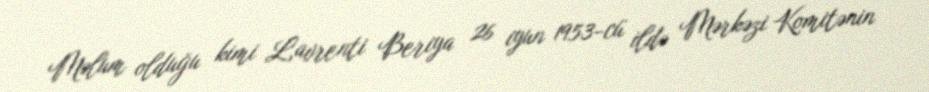
Məlum olduğu kimi Lavrenti Beriya 26 iyun 1953-cü ildə Mərkəzi Komitənin